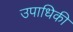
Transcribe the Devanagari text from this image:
उपाधिकी